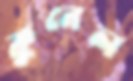
কুনেল